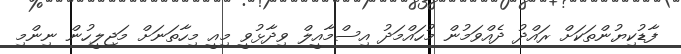
ފާޑުކިޔުންތަކަށް ރައްދު ދެއްވަމުން މުހައްމަދު އިސްމާއީލް ވިދާޅުވީ މިއީ މިހާތަނަށް މަޖިލީހުން ނިންމި